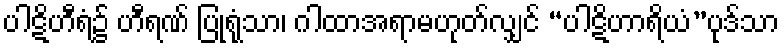
ပါဋိဟီရံ၌ ဟီရဏ် ပြုရုံသာ၊ ဂါထာအရာမဟုတ်လျှင် “ပါဋိဟာရိယံ”ပုဒ်သာ